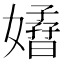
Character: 𡣁